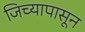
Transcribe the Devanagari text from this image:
जिच्यापासून